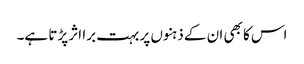
اس کا بھی ان کے ذہنوں پر بہت برا اثر پڑتا ہے۔